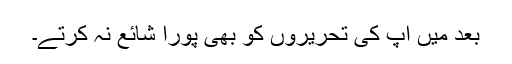
بعد میں آپ کی تحریروں کو بھی پورا شائع نہ کرتے۔